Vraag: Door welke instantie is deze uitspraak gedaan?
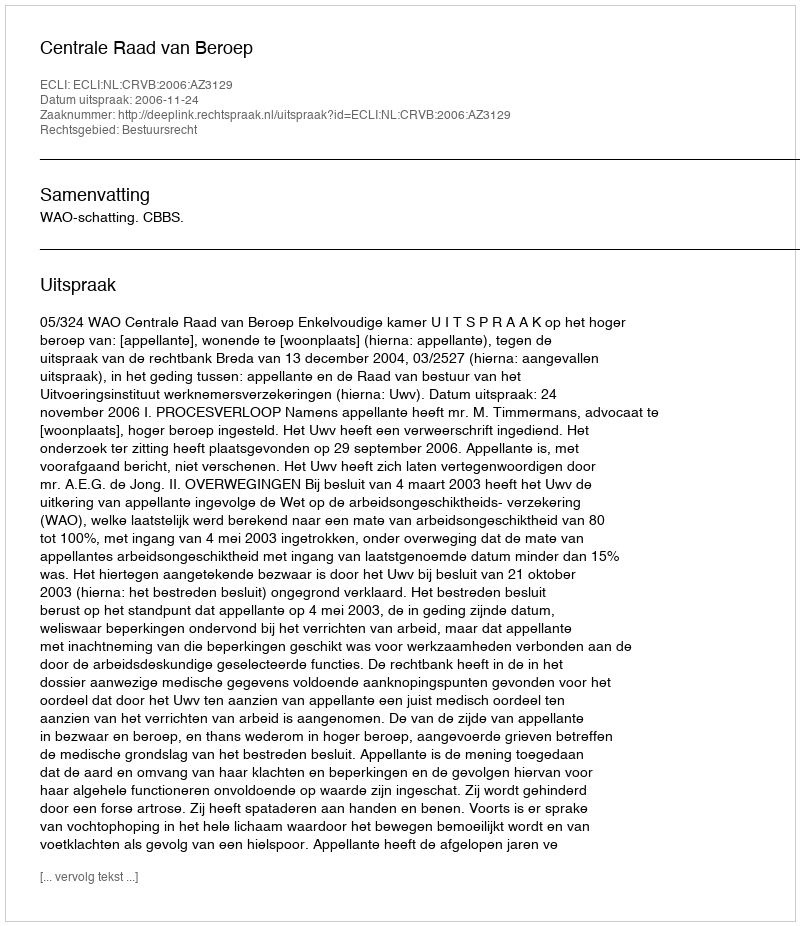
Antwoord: Centrale Raad van Beroep